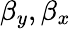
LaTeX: \beta_{y},\beta_{x}